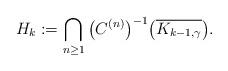
LaTeX: \begin{align*} H_k:=\bigcap_{n\geq 1} \big(C^{(n)}\big)^{-1}\big(\overline{K_{k-1,\gamma}}\big). \end{align*}